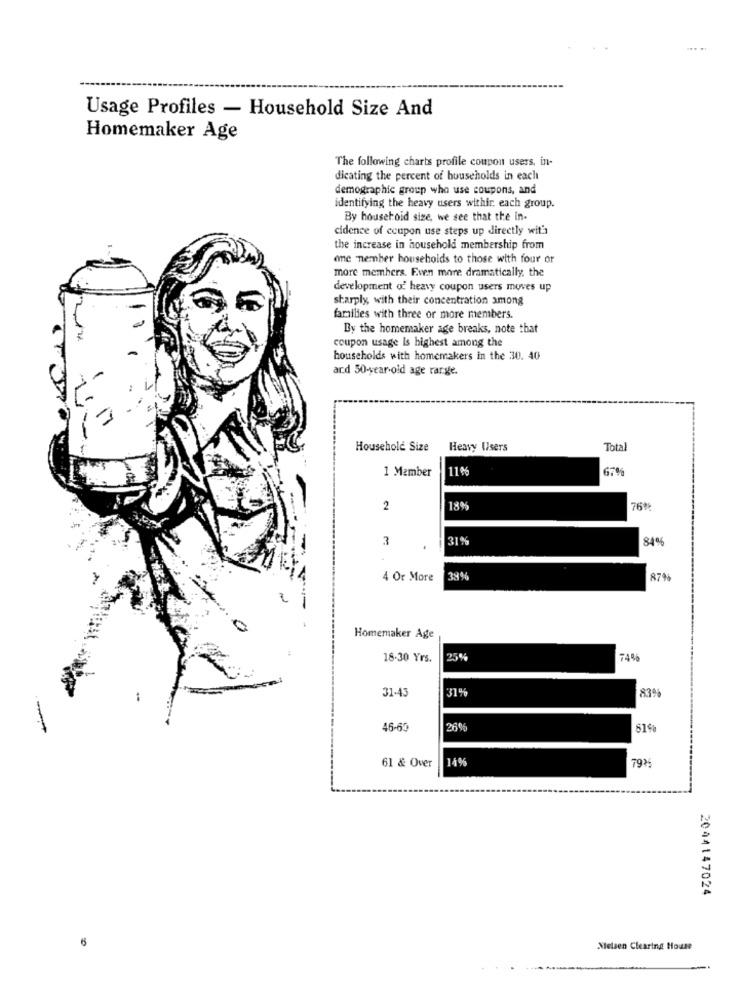
Usage Profiles - Household Size And
Homemaker Age
The following charts profile coupon users, in-
dicating the percent of households in each
demographic group who use coupons, and
identifying the heavy users withir. each group.
By household size, we see that the in-
cidence of coupon use steps up directly wit's
the increase in household membership from
one nember households to those with four or
more members. Even more dramatically, the
development of heavy coupon users moves up
sharply, with their concentration among
families with three or more members.
By the homemaker age breaks, note that
coupon usage Is highest among the
households with homemakers in the 30. 40
ard 30-year-old age range.
Household Size
Heavy Users
Total
1 Member
11%
2
18%
76%%
3
31%
84%
4 Or More
39%
87%
Homemaker Age
18-30 Yrs.
25%
7496
31%
-
31.43
83%
46-60
26%
51%
61 & Over
14%
79%
2044147024
Nielsen Clearing House